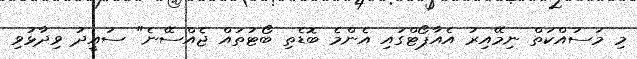
މި މަސައްކަތް ނިމޭއިރު އެއާޕޯޓްގައި އެންމެ ބޮޑެތި ބޯޓުތައް ޖެއްސޭނެ" ސައީދު ވިދާޅުވި